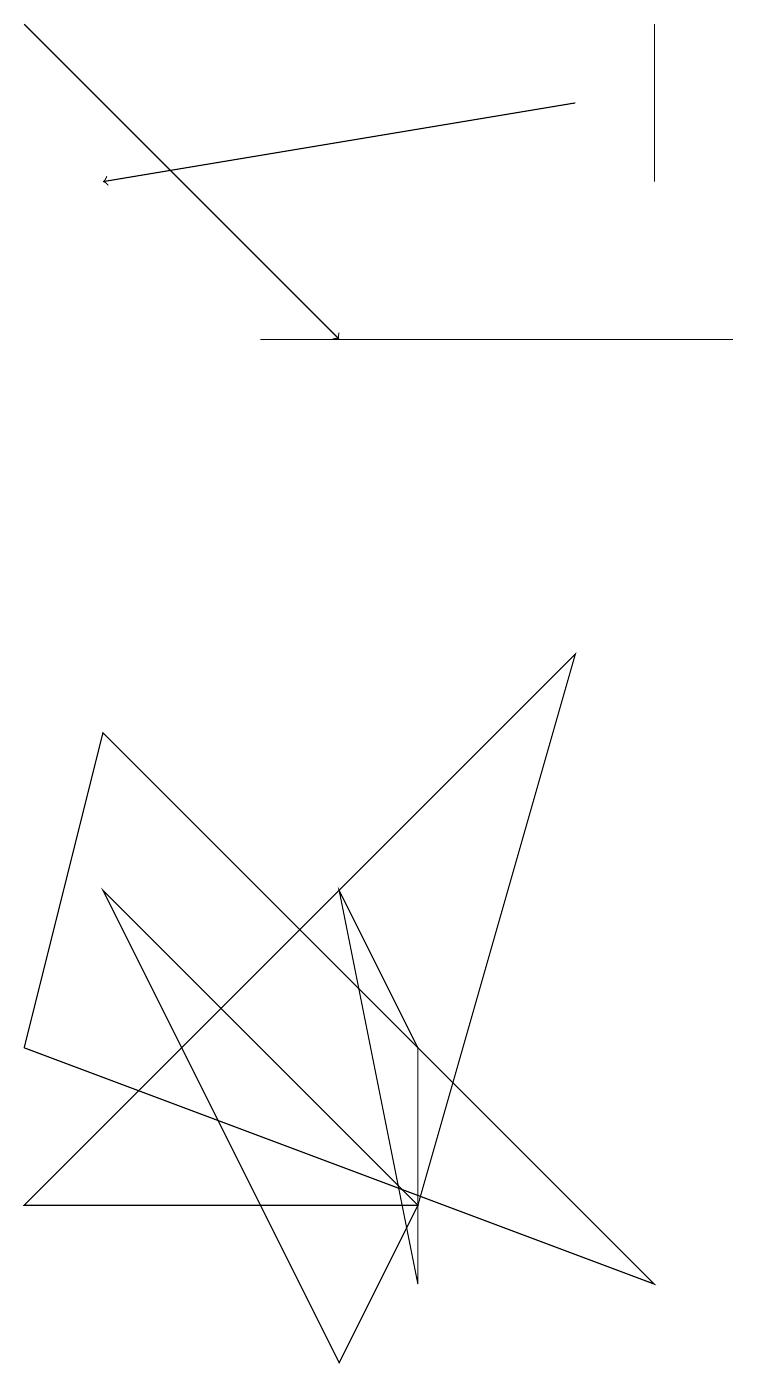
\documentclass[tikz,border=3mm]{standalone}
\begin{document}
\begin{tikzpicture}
\draw (9,13) rectangle (3,13);
\draw (8,15) rectangle (8,17);
\draw (5,4) -- (4,6) -- (5,1) -- cycle;
\draw (1,6) -- (5,2) -- (4,0) -- cycle;
\draw (5,2) -- (7,9) -- (0,2) -- cycle;
\draw[->] (7,16) -- (1,15);
\draw (1,8) -- (8,1) -- (0,4) -- cycle;
\draw[->] (0,17) -- (4,13);
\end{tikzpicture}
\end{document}